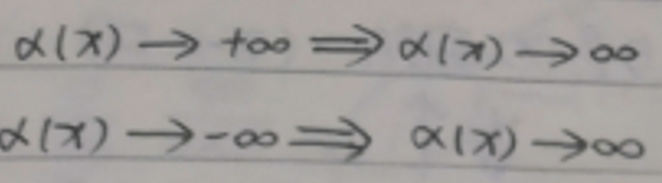
\[
\begin{align*}
\alpha(x) \to +\infty &\Rightarrow \alpha(x) \to \infty\\
\alpha(x) \to -\infty &\Rightarrow \alpha(x) \to \infty
\end{align*}
\]